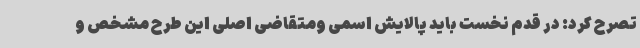
تصرح کرد: در قدم نخست باید پالایش اسمی ومتقاضی اصلی این طرح مشخص و